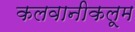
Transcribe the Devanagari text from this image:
कलवानीकलूम